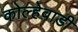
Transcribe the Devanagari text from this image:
कोल्हेवाडी